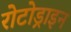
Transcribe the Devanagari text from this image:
रोटोड्राइन